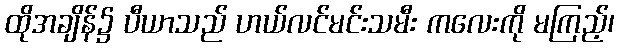
ထိုအချိန်၌ ပီယာသည် ဟယ်လင်မင်းသမီး ကလေးကို မကြည့်၊